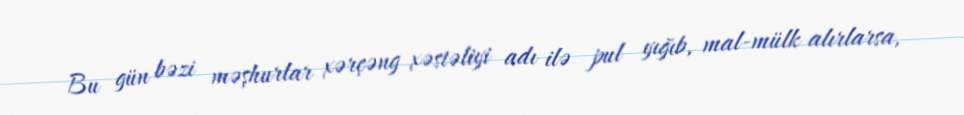
Bu gün bəzi məşhurlar xərçəng xəstəliyi adı ilə pul yığıb, mal-mülk alırlarsa,